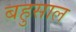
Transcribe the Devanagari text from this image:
बहुसाल